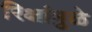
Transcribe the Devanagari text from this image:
रिक्षांमुळे